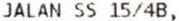
JALAN SS 15/4B,